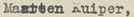
Maatten Kuiper,